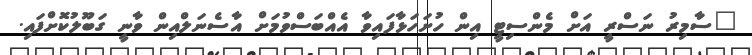
"ސާމިރު ނަސްރީ އަށް މެންސިޓީ އިން ހުށަހަޅާފައިވާ އެއްބަސްވުމަށް އާސެނަލްއިން ވާނީ ގަބޫލުކޮށްފައި.